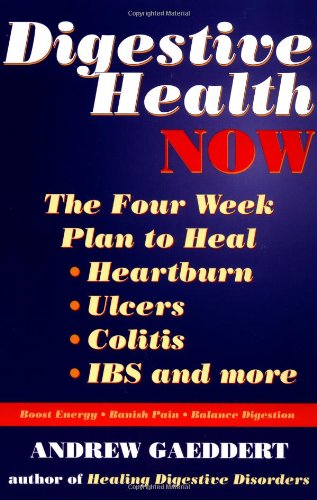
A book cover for Digestive Health Now: The Four Week Plan to Heal Heartburn, Ulcers, Colitis, IBS and More; Andrew Gaeddert; Health, Fitness & Dieting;